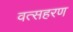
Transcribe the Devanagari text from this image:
वत्सहरण